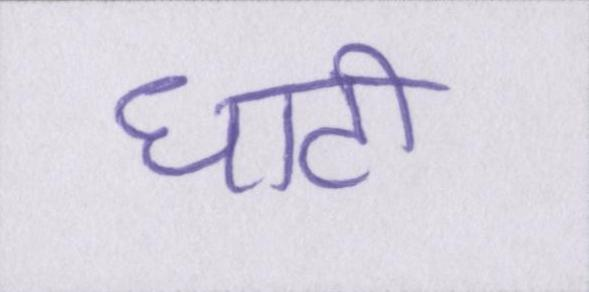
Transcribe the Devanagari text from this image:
घाटी